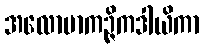
အလောမာကဉ္ဇိကဒါယိကာ